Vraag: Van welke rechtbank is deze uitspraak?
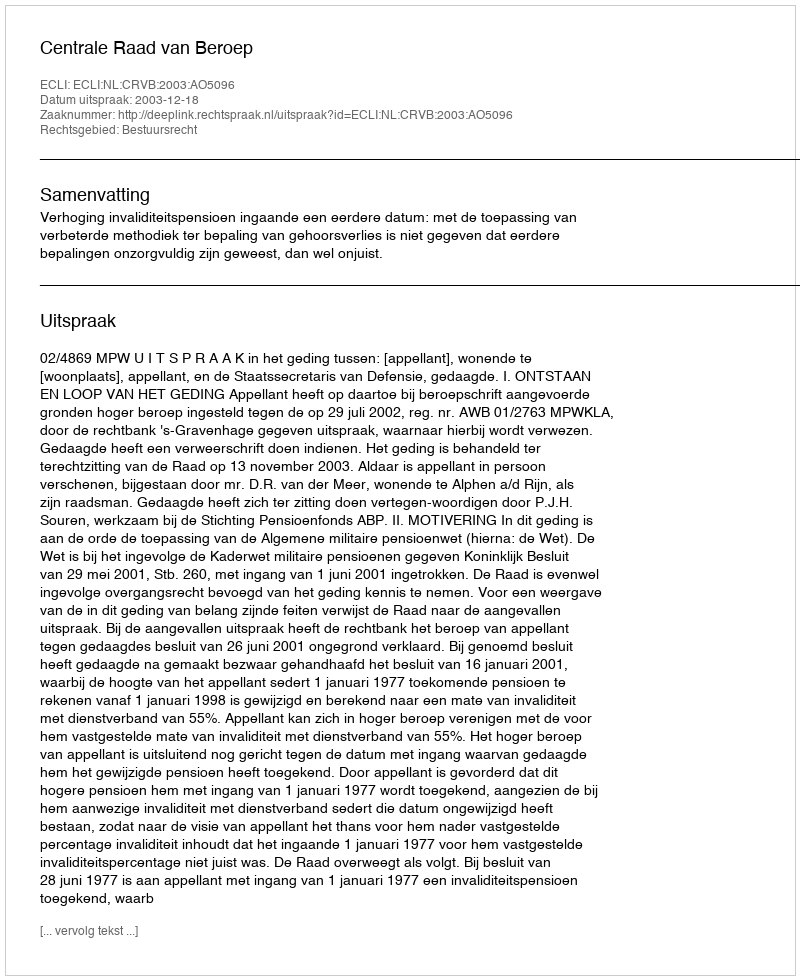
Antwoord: Centrale Raad van Beroep